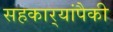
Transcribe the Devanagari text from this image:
सहकार्‍यांपैकी